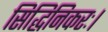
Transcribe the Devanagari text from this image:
सिद्धिनिकरः।